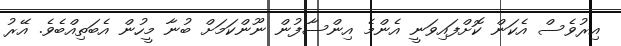
އިރުވެސް އެކަން ކޮށްފައިވަނީ އެންމެ އިންސާފުން ނޫންކަމަށް ބުނާ މީހުން އެބަތިއްބެވެ. އޭރު